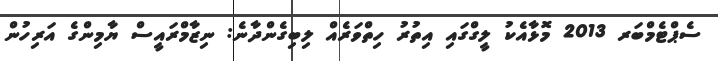
ސެޕްޓެމްބަރ 2013 މޮޅާއެކު ލީގްގައި އިތުރު ހިތްވަރެއް ލިބިގެންދާނެ: ނިޒާމްރައީސް ޔާމިންގެ އަރިހުން